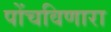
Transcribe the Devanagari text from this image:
पोंचविणारा